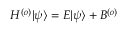
\begin{array} { r } { H ^ { ( o ) } | \psi \rangle = E | \psi \rangle + B ^ { ( o ) } } \end{array}